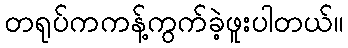
တရုပ်ကကန့်ကွက်ခဲ့ဖူးပါတယ်။